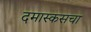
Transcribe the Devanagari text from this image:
दमास्कसचा